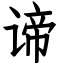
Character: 谛